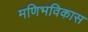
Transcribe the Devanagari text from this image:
मणिभविकास